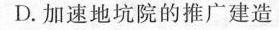
D.加速地坑院的推广建造